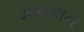
માયલન